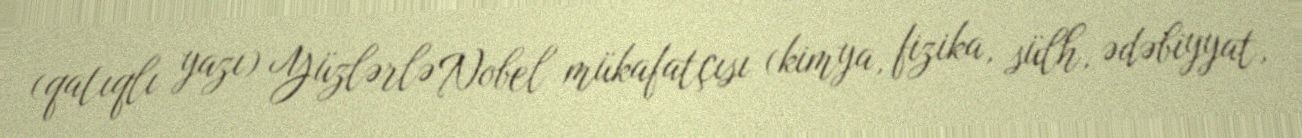
(qatıqlı yazı) Yüzlərlə Nobel mükafatçısı (kimya, fizika, sülh, ədəbiyyat,